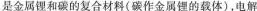
是金属锂和碳的复合材料(碳作金属锂的载体)，电解